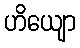
ဟိယျော